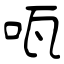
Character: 咓